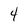
Character: 4